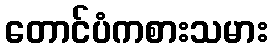
တောင်ပံကစားသမား